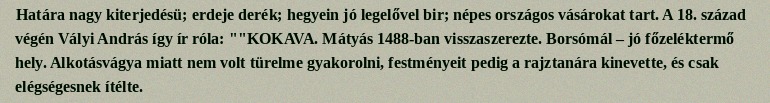
Határa nagy kiterjedésü; erdeje derék; hegyein jó legelővel bir; népes országos vásárokat tart. A 18. század végén Vályi András így ír róla: ""KOKAVA. Mátyás 1488-ban visszaszerezte. Borsómál – jó főzeléktermő hely. Alkotásvágya miatt nem volt türelme gyakorolni, festményeit pedig a rajztanára kinevette, és csak elégségesnek ítélte.